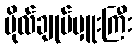
ဗိုလ်ချုပ်မှူးကြီး